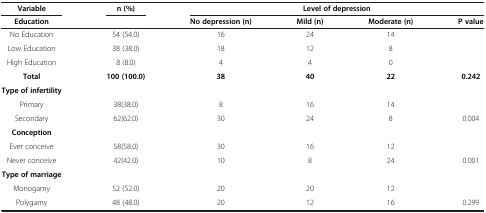
<table><thead><tr><td><b>Variable</b></td><td><b>n (%)</b></td><td colspan="4"><b>Level of depression</b></td></tr><tr><td><b>Education</b></td><td><b> </b></td><td><b>No depression (n)</b></td><td><b>Mild (n)</b></td><td><b>Moderate (n)</b></td><td><b>P value</b></td></tr></thead><tbody><tr><td>No Education</td><td>54 (54.0)</td><td>16</td><td>24</td><td>14</td><td> </td></tr><tr><td>Low Education</td><td>38 (38.0)</td><td>18</td><td>12</td><td>8</td><td> </td></tr><tr><td>High Education</td><td>8 (8.0)</td><td>4</td><td>4</td><td>0</td><td> </td></tr><tr><td><b>Total</b></td><td><b>100 (100.0)</b></td><td><b>38</b></td><td><b>40</b></td><td><b>22</b></td><td><b>0.242</b></td></tr><tr><td><b>Type of infertility</b></td><td> </td><td> </td><td> </td><td> </td><td> </td></tr><tr><td>Primary</td><td>38(38.0)</td><td>8</td><td>16</td><td>14</td><td> </td></tr><tr><td>Secondary</td><td>62(62.0)</td><td>30</td><td>24</td><td>8</td><td>0.004</td></tr><tr><td><b>Conception</b></td><td> </td><td> </td><td> </td><td> </td><td> </td></tr><tr><td>Ever conceive</td><td>58(58.0)</td><td>30</td><td>16</td><td>12</td><td> </td></tr><tr><td>Never conceive</td><td>42(42.0)</td><td>10</td><td>8</td><td>24</td><td>0.001</td></tr><tr><td><b>Type of marriage</b></td><td> </td><td> </td><td> </td><td> </td><td> </td></tr><tr><td>Monogamy</td><td>52 (52.0)</td><td>20</td><td>20</td><td>12</td><td> </td></tr><tr><td>Polygamy</td><td>48 (48.0)</td><td>20</td><td>12</td><td>16</td><td>0.299</td></tr></tbody></table>